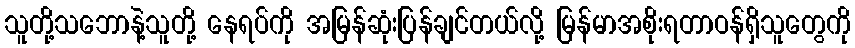
သူတို့သဘောနဲ့သူတို့ နေရပ်ကို အမြန်ဆုံးပြန်ချင်တယ်လို့ မြန်မာအစိုးရတာဝန်ရှိသူတွေကို